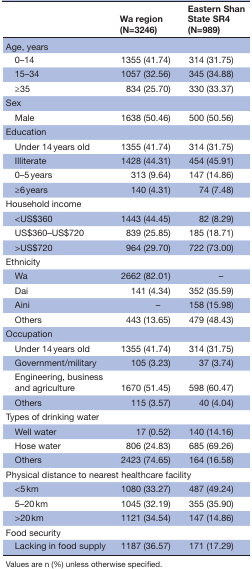
<table><thead><tr><td></td><td><b>Wa region (N=3246)</b></td><td><b>Eastern Shan State SR4 (N=989)</b></td></tr></thead><tbody><tr><td colspan="3">Age, years</td></tr><tr><td> 0–14</td><td>1355 (41.74)</td><td>314 (31.75)</td></tr><tr><td> 15–34</td><td>1057 (32.56)</td><td>345 (34.88)</td></tr><tr><td> ≥35</td><td>834 (25.70)</td><td>330 (33.37)</td></tr><tr><td colspan="3">Sex</td></tr><tr><td> Male</td><td>1638 (50.46)</td><td>500 (50.56)</td></tr><tr><td colspan="3">Education</td></tr><tr><td> Under 14 years old</td><td>1355 (41.74)</td><td>314 (31.75)</td></tr><tr><td> Illiterate</td><td>1428 (44.31)</td><td>454 (45.91)</td></tr><tr><td> 0–5 years</td><td>313 (9.64)</td><td>147 (14.86)</td></tr><tr><td> ≥6 years</td><td>140 (4.31)</td><td>74 (7.48)</td></tr><tr><td colspan="3">Household income</td></tr><tr><td> &lt;US$360</td><td>1443 (44.45)</td><td>82 (8.29)</td></tr><tr><td> US$360–US$720</td><td>839 (25.85)</td><td>185 (18.71)</td></tr><tr><td> &gt;US$720</td><td>964 (29.70)</td><td>722 (73.00)</td></tr><tr><td colspan="3">Ethnicity</td></tr><tr><td> Wa</td><td>2662 (82.01)</td><td>–</td></tr><tr><td> Dai</td><td>141 (4.34)</td><td>352 (35.59)</td></tr><tr><td> Aini</td><td>–</td><td>158 (15.98)</td></tr><tr><td> Others</td><td>443 (13.65)</td><td>479 (48.43)</td></tr><tr><td>Occupation</td><td></td><td></td></tr><tr><td> Under 14 years old</td><td>1355 (41.74)</td><td>314 (31.75)</td></tr><tr><td> Government/military</td><td>105 (3.23)</td><td>37 (3.74)</td></tr><tr><td> Engineering, business and agriculture</td><td>1670 (51.45)</td><td>598 (60.47)</td></tr><tr><td> Others</td><td>115 (3.57)</td><td>40 (4.04)</td></tr><tr><td>Types of drinking water</td><td></td><td></td></tr><tr><td> Well water</td><td>17 (0.52)</td><td>140 (14.16)</td></tr><tr><td> Hose water</td><td>806 (24.83)</td><td>685 (69.26)</td></tr><tr><td> Others</td><td>2423 (74.65)</td><td>164 (16.58)</td></tr><tr><td colspan="3">Physical distance to nearest healthcare facility</td></tr><tr><td> &lt;5 km</td><td>1080 (33.27)</td><td>487 (49.24)</td></tr><tr><td> 5–20 km</td><td>1045 (32.19)</td><td>355 (35.90)</td></tr><tr><td> &gt;20 km</td><td>1121 (34.54)</td><td>147 (14.86)</td></tr><tr><td colspan="3">Food security</td></tr><tr><td> Lacking in food supply</td><td>1187 (36.57)</td><td>171 (17.29)</td></tr></tbody></table>